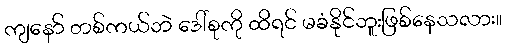
ကျနော် တစ်ကယ်ဘဲ ဒေါ်စုကို ထိရင် မခံနိုင်ဘူးဖြစ်နေသလား။